Civil Veterinary Department. United Provinces 1932-42 - 1932-1942
Year: 1932
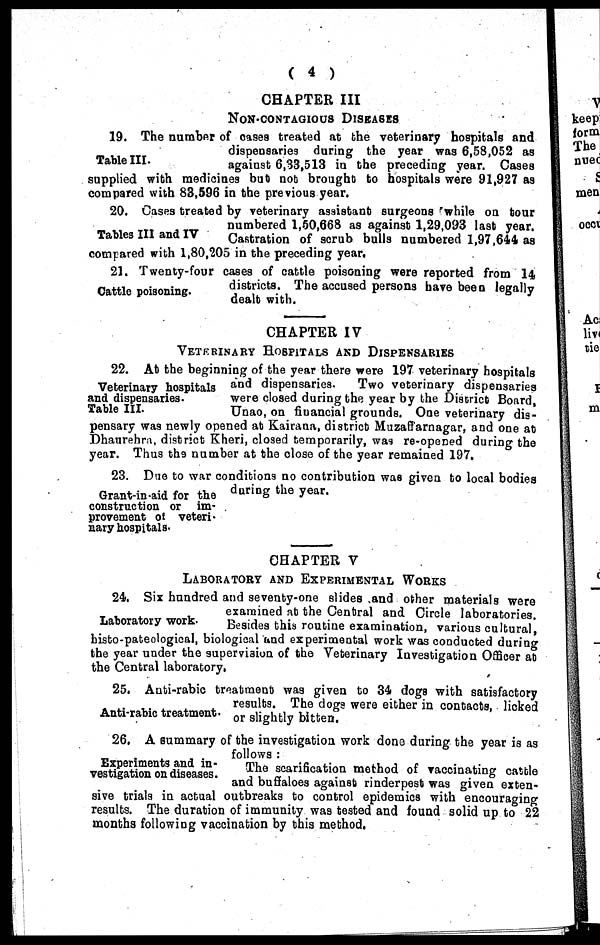
(4)
CHAPTER III
NON-CONTAGIOUS DISEASES
Table III.
19. The number of cases treated at the veterinary hospitals and
dispensaries during the year was 6,58,052 as
against 6,33,513 in the preceding year. Cases
supplied with medicines but not brought to hospitals were 91,927 as
compared with 83,596 in the previous year.
Tables III and IV
20. Cases treated by veterinary assistant surgeons while on tour
numbered 1,50,668 as against 1,29,093 last year.
Castration of scrub bulls numbered 1,97,644 as
compared with 1,80,205 in the preceding year.
Cattle poisoning.
21. Twenty-four cases of cattle poisoning were reported from 14
districts. The accused persons have been legally
dealt with.
CHAPTER IV
VETERINARY HOSPITALS AND DISPENSARIES
Veterinary hospitals
and dispensaries.
Table III.
22. At the beginning of the year there were 197 veterinary hospitals
and dispensaries.
Two veterinary dispensaries
were closed during the year by the District Board,
Unao, on financial grounds. One veterinary dis-
pensary was newly opened at Kairana, district Muzaffarnagar, and one at
Dhaurehra, district Kheri, closed temporarily, was re-opened during the
year. Thus the number at the close of the year remained 197.
Grant-in-aid for the
construction or im-
provement of veteri-
nary hospitals-
23. Due to war conditions no contribution was given to local bodies
during the year.
CHAPTER V
LABORATORY AND EXPERIMENTAL WORKS
Laboratory work.
24. Six hundred and seventy-one slides .and other materials were
examined at the Central and Circle laboratories.
Besides this routine examination, various cultural,
histo-pateological, biological and experimental work was conducted during
the year under the supervision of the Veterinary Investigation Officer at
the Central laboratory,
Anti-rabic treatment-
25. Anti-rabic treatment was given to 34 dogs with satisfactory
results. The dogs were either in contacts, licked
or slightly bitten.
26. A summary of the investigation work done during the year is as
follows :
Experiments and in-
vestigation on diseases.
The scarification method of vaccinating cattle
and buffaloes against rinderpest was given exten-
sive trials in actual outbreaks to control epidemics with encouraging
results. The duration of immunity was tested and found solid up to 22
months following vaccination by this method.